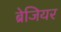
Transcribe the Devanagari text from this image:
ब्रेजियर